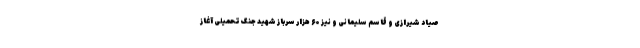
صیاد شیرازی و قاسم سلیمانی و نیز ۶۰ هزار سرباز شهید جنگ تحمیلی آغاز